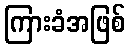
ကြားခံအဖြစ်